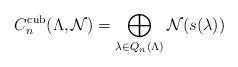
LaTeX: \begin{align*}C_n^{\operatorname{cub}} ( \Lambda, \mathcal{N}) = \bigoplus_{\lambda \in Q_n (\Lambda)} \mathcal{N}({s(\lambda)} )\end{align*}